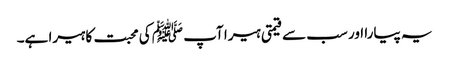
یہ پیارا اور سب سے قیمتی ہیرا آپ ﷺ کی محبت کا ہیرا ہے۔